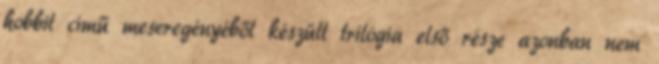
hobbit című meseregényéből készült trilógia első része azonban nem